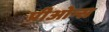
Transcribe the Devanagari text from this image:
प्रीओन्स